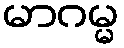
မာဂမ္မ